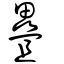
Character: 疊